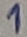
Text: 1